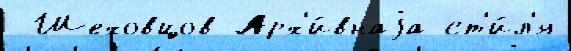
 Шеховцов Арх'и́внаjа ст'и́л'я